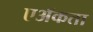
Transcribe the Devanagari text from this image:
एॲकता